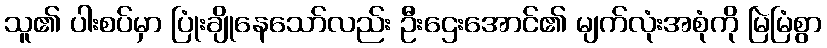
သူ၏ ပါးစပ်မှာ ပြုံးချိုနေသော်လည်း ဦးဌေးအောင်၏ မျက်လုံးအစုံကို မြဲမြံစွာ